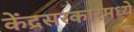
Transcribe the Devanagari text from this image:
केंद्रसरकारमध्ये